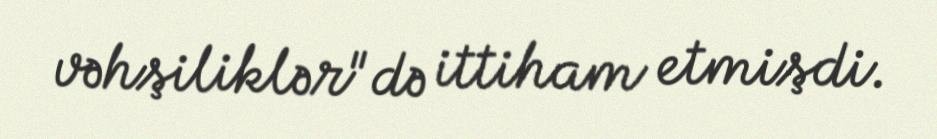
vəhşiliklər"də ittiham etmişdi.